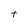
Character: t